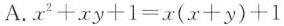
A.$$x^{2} + x y + 1 = x ( x + y ) + 1$$